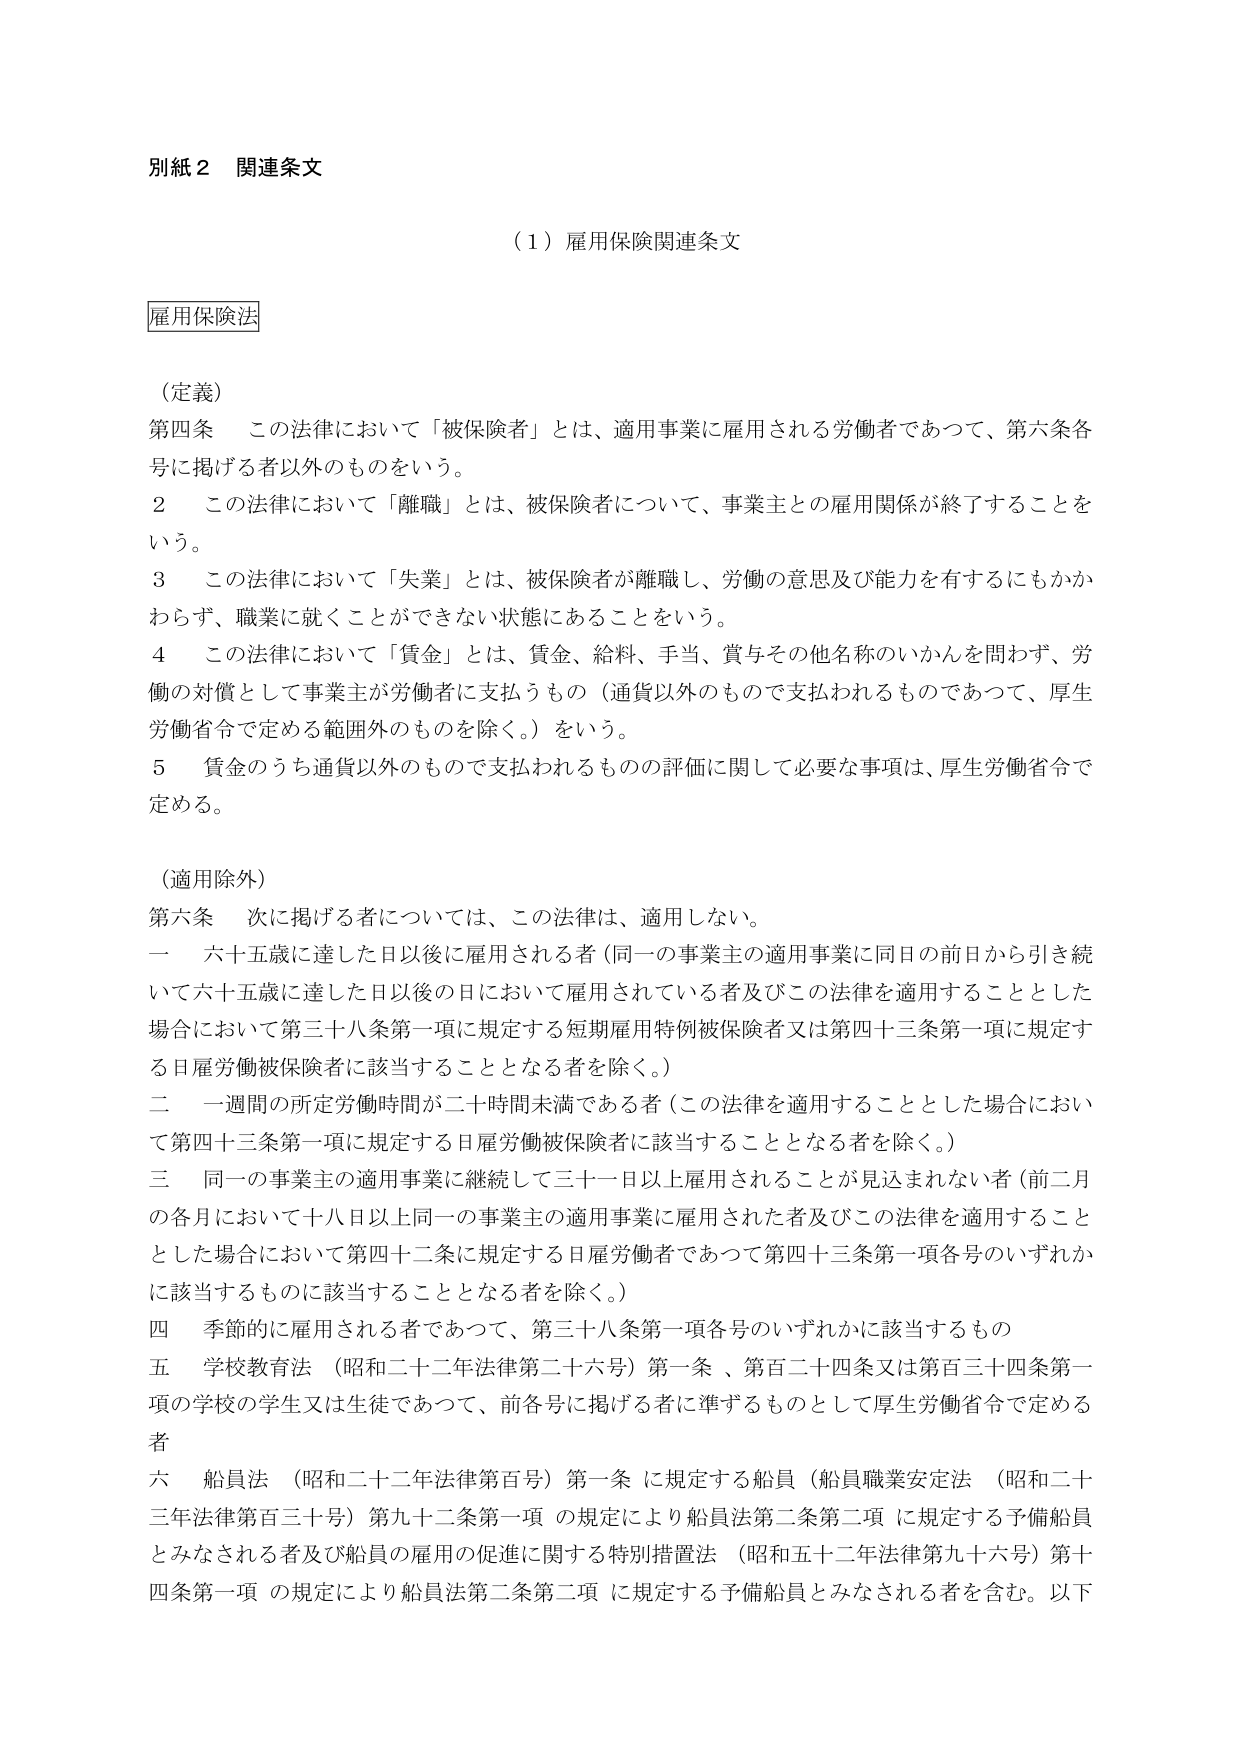
別紙２ 関連条文

（１）雇用保険関連条文

雇用保険法

（定義）
第四条 この法律において「被保険者」とは、適用事業に雇用される労働者であつて、第六条各号に掲げる者以外のものをいう。
２ この法律において「離職」とは、被保険者について、事業主との雇用関係が終了することをいう。
３ この法律において「失業」とは、被保険者が離職し、労働の意思及び能力を有するにもかかわらず、職業に就くことができない状態にあることをいう。
４ この法律において「賃金」とは、賃金、給料、手当、賞与その他名称のいかんを問わず、労働の対償として事業主が労働者に支払うもの（通貨以外のもので支払われるものであつて、厚生労働省令で定める範囲外のものを除く。）をいう。
５ 賃金のうち通貨以外のもので支払われるものの評価に関して必要な事項は、厚生労働省令で定める。

（適用除外）
第六条 次に掲げる者については、この法律は、適用しない。
一 六十五歳に達した日以後に雇用される者（同一の事業主の適用事業に同日の前日から引き続いて六十五歳に達した日以後の日において雇用されている者及びこの法律を適用することとした場合において第三十八条第一項に規定する短期雇用特例被保険者又は第四十三条第一項に規定する日雇労働被保険者に該当することとなる者を除く。）
二 一週間の所定労働時間が二十時間未満である者（この法律を適用することとした場合において第四十三条第一項に規定する日雇労働被保険者に該当することとなる者を除く。）
三 同一の事業主の適用事業に継続して三十一日以上雇用されることが見込まれない者（前二月の各月において十八日以上同一の事業主の適用事業に雇用された者及びこの法律を適用することとした場合において第四十二条に規定する日雇労働者であつて第四十三条第一項各号のいずれかに該当するものに該当することとなる者を除く。）
四 季節的に雇用される者であつて、第三十八条第一項各号のいずれかに該当するもの
五 学校教育法（昭和二十二年法律第二十六号）第一条、第百二十四条又は第百三十四条第一項の学校の学生又は生徒であつて、前各号に掲げる者に準ずるものとして厚生労働省令で定める者
六 船員法（昭和二十二年法律第百号）第一条に規定する船員（船員職業安定法（昭和二十三年法律第百三十号）第九十二条第一項の規定により船員法第二条第二項に規定する予備船員とみなされる者及び船員の雇用の促進に関する特別措置法（昭和五十二年法律第九十六号）第十四条第一項の規定により船員法第二条第二項に規定する予備船員とみなされる者を含む。以下